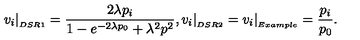
v _ { i } \vert _ { _ { D S R 1 } } = \frac { 2 \lambda p _ { i } } { 1 - e ^ { - 2 \lambda p _ { 0 } } + \lambda ^ { 2 } p ^ { 2 } } , v _ { i } \vert _ { _ { D S R 2 } } = v _ { i } \vert _ { _ { E x a m p l e } } = \frac { p _ { i } } { p _ { 0 } } .